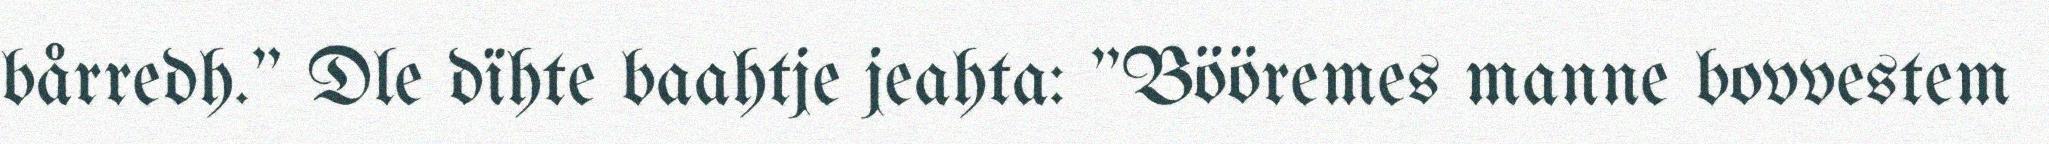
bårredh." Dle dïhte baahtje jeahta: "Bööremes manne bovvestem